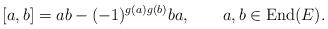
LaTeX: \begin{align*}[a,b]=ab-(-1)^{g(a)g(b)}ba,\qquad a,b\in {\rm End}(E).\end{align*}